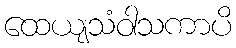
ထေယျသံဝါသကာပိ